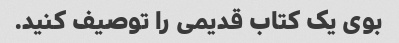
بوی یک کتاب قدیمی را توصیف کنید.